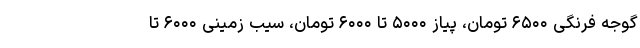
گوجه فرنگی ۶۵۰۰ تومان، پیاز ۵۰۰۰ تا ۶۰۰۰ تومان، سیب زمینی ۶۰۰۰ تا